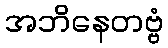
အဘိနေတဗ္ဗံ